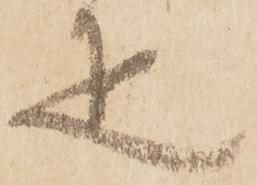
疋